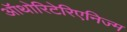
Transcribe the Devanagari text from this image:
ऑथोरिटेरिएनिज्म